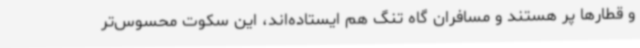
و قطارها پر هستند و مسافران گاه تنگ هم ایستاده‌اند، این سکوت محسوس‌تر